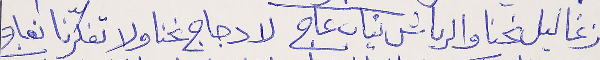
زغاليل نحنا والرياش نياب عاج   لا دجاج نحنا ولا تفكرّنا نعاج